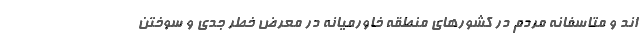
اند و متاسفانه مردم در کشورهای منطقه خاورمیانه در معرض خطر جدی و سوختن